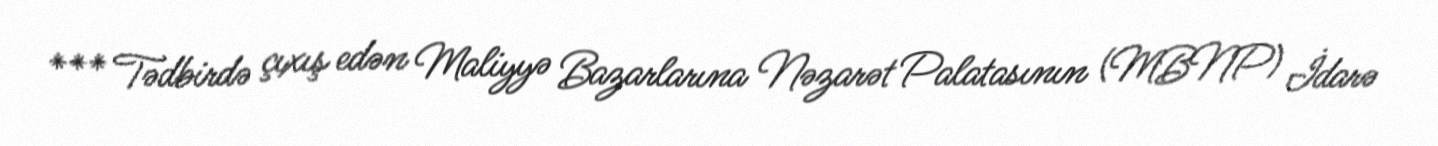
*** Tədbirdə çıxış edən Maliyyə Bazarlarına Nəzarət Palatasının (MBNP) İdarə